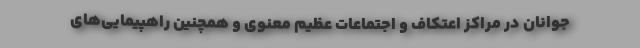
جوانان در مراکز اعتکاف و اجتماعات عظیم معنوی و همچنین راهپیمایی‌های